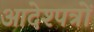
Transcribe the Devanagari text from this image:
आदेश्पत्रों